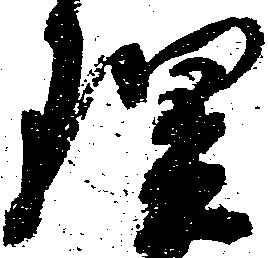
理